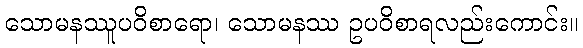
သောမနဿူပဝိစာရော၊ သောမနဿ ဥပဝိစာရလည်းကောင်း။